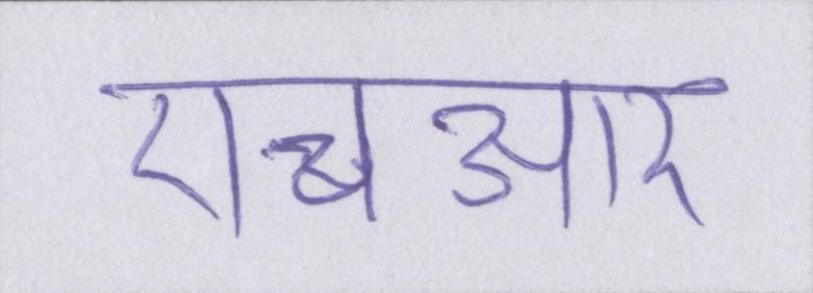
एचआर